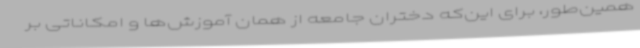
همین‌طور، برای این‌که دختران جامعه از همان آموزش‌ها و امکاناتی بر